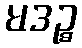
မဒဉ္စ